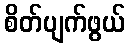
စိတ်ပျက်ဖွယ်